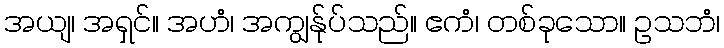
အယျ၊ အရှင်။ အဟံ၊ အကျွန်ုပ်သည်။ ဧကံ၊ တစ်ခုသော။ ဥသဘံ၊